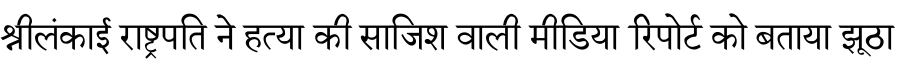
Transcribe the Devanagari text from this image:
श्रीलंकाई राष्ट्रपति ने हत्या की साजिश वाली मीडिया रिपोर्ट को बताया झूठा